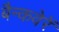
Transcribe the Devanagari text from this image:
बैन्कवेरें